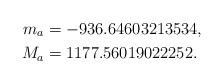
LaTeX: \begin{align*}m_a &= -936.64603213534,\\M_a &= 1177.56019022252.\end{align*}